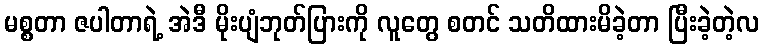
မစ္စတာ ဇပါတာရဲ့ အဲဒီ မိုးပျံဘုတ်ပြားကို လူတွေ စတင် သတိထားမိခဲ့တာ ပြီးခဲ့တဲ့လ